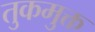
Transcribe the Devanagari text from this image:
तुकमुक्त